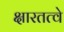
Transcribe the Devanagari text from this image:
क्षारतत्वे